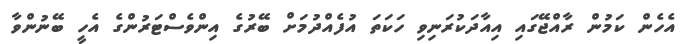
އެހެން ކަމުން ރާއްޖޭގައި އިއާދަކުރަނިވި ހަކަތަ އުފެއްދުމަށް ބޭރުގެ އިންވެސްޓަރުންގެ އެހީ ބޭނުންވާ